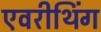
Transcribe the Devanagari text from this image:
एवरीथिंग